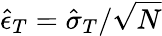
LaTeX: \hat{\epsilon}_{T}=\hat{\sigma}_{T}/\sqrt{N}